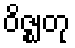
ဝိဇ္ဈတု